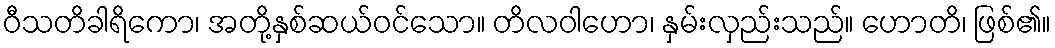
ဝီသတိခါရိကော၊ အတို့နှစ်ဆယ်ဝင်သော။ တိလဝါဟော၊ နှမ်းလှည်းသည်။ ဟောတိ၊ ဖြစ်၏။